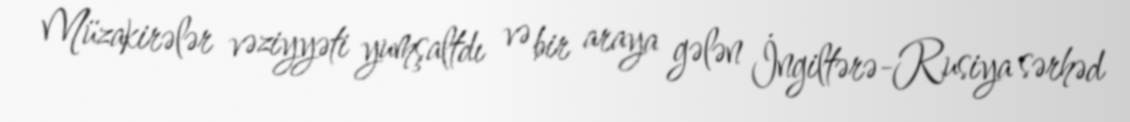
Müzakirələr vəziyyəti yumşaltdı və bir araya gələn İngiltərə-Rusiya sərhəd